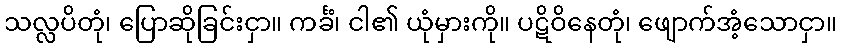
သလ္လပိတုံ၊ ပြောဆိုခြင်းငှာ။ ကင်္ခံ၊ ငါ၏ ယုံမှားကို။ ပဋိဝိနေတုံ၊ ဖျောက်အံ့သောငှာ။